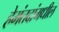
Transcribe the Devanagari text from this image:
हेमंतदांमधील